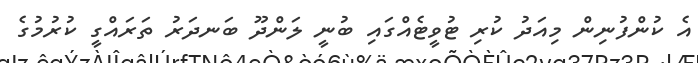
އެ ކުންފުނިން މިއަދު ކުރި ޓުވީޓެއްގައި ބުނީ ލަންދޫ ބަނދަރު ތަރައްގީ ކުރުމުގެ